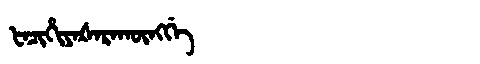
Manchu: ᡶᠠᠴᡳᡥᡳᠶᠠᡧᠠᡵᠠᡴᡡᠩᡤᡝ
Romanization: FACIHIYAŠARAKŪNGGE